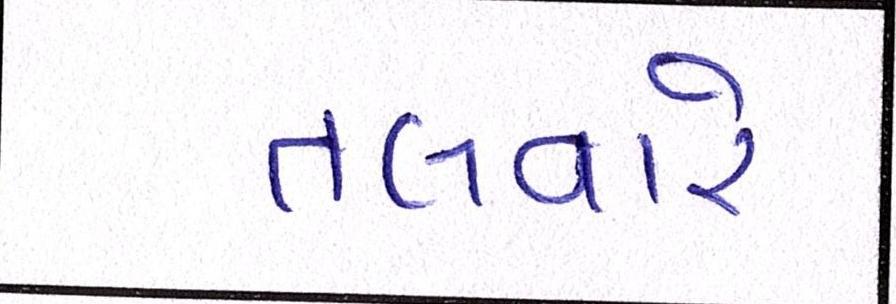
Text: તલવારે